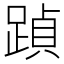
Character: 𮛶